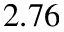
2 . 7 6